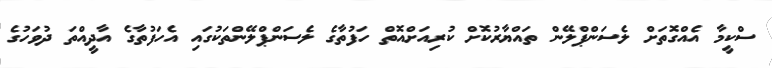
ސްކީމާ އެއްގޮތަށް ލެސަންޕްލޭން ތައްޔާރުކޮށް ކުރިއަށްއޮތް ހަފުތާގެ ލެސަންޕްލޭންތަކުގައި އެހަފުތާގެ އާދީއްތަ ދުވަހުގެ